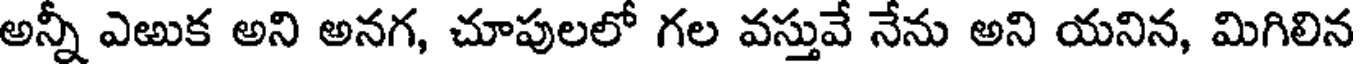
అన్నీ ఎఱుక అని అనగ, చూపులలో గల వస్తువే నేను అని యనిన, మిగిలిన